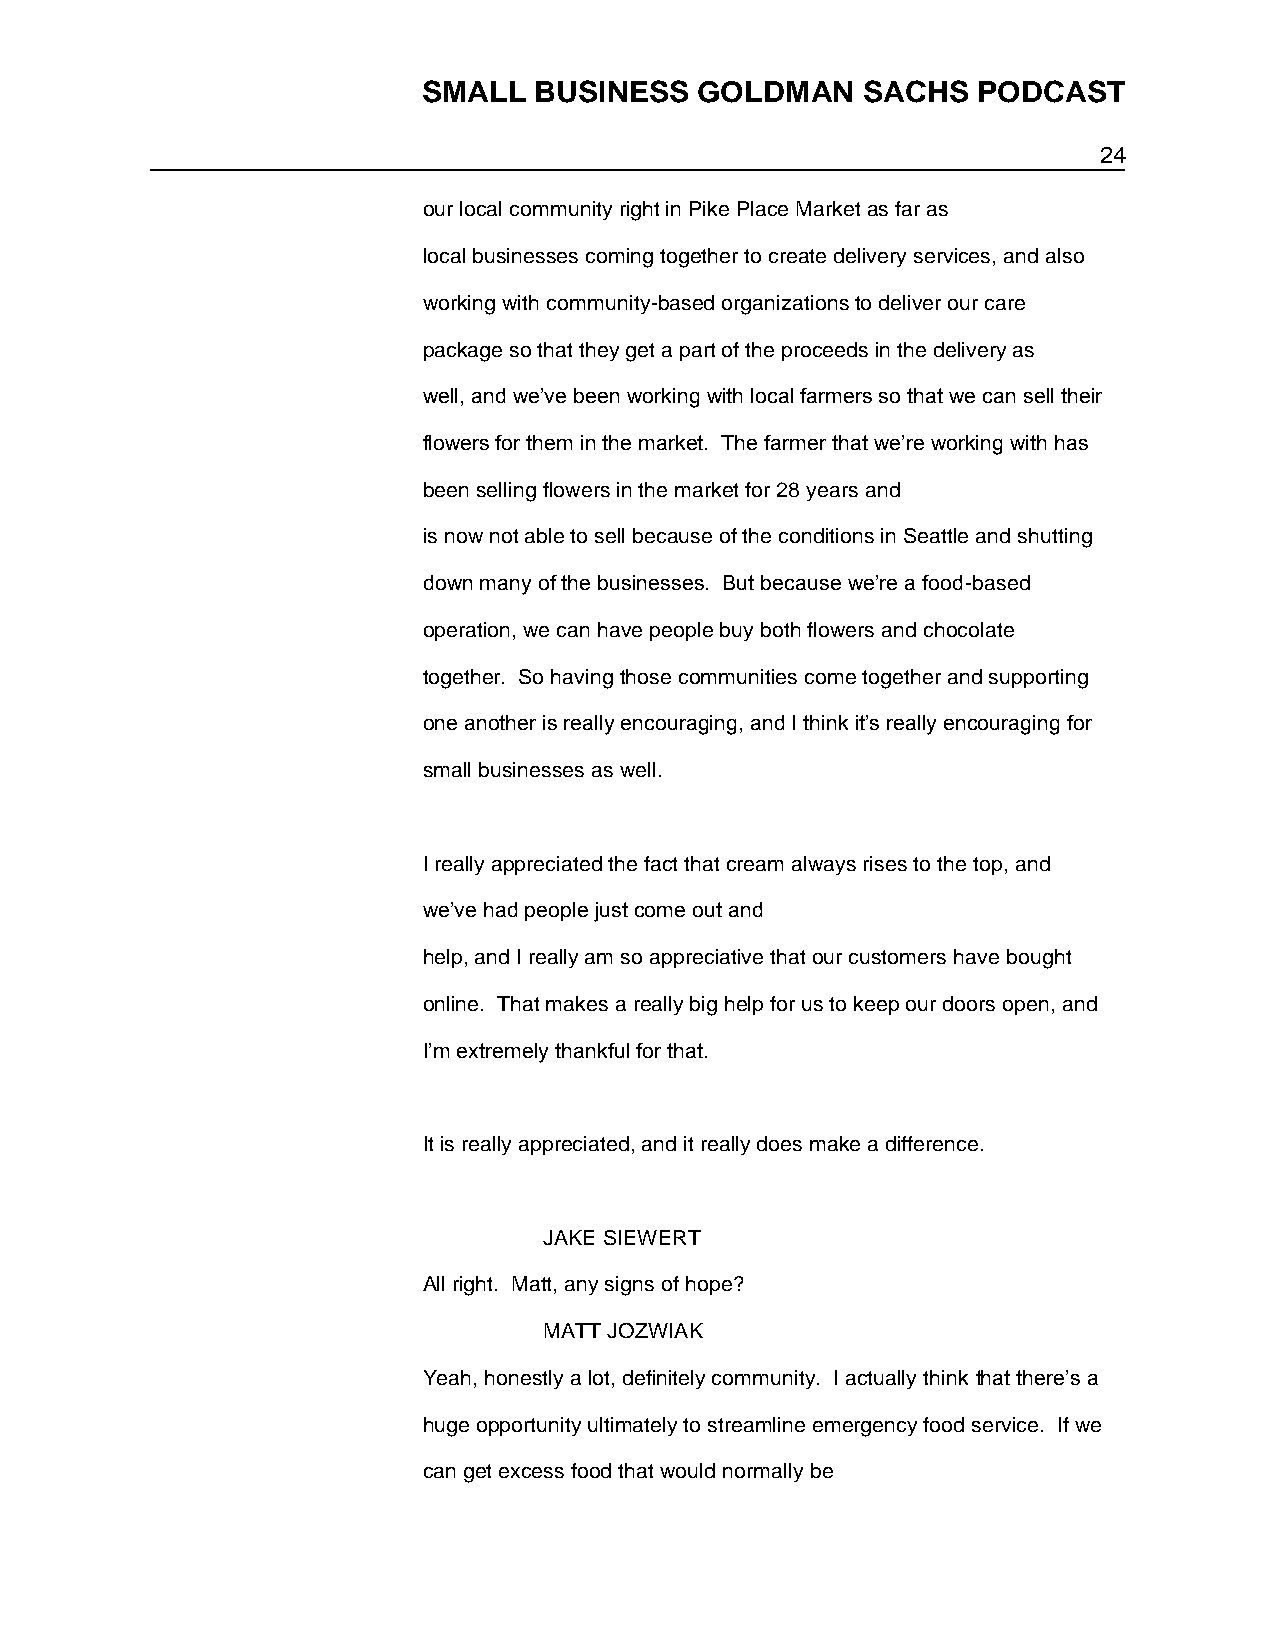
SMALL  BUSINESS   GOLDMAN    SACHS   PODCAST
 24
 our local community right in Pike Place Market as far as
 local businesses coming together to create delivery services, and also
 working with community-based organizations to deliver our care
 package so that they get a part of the proceeds in the delivery as
 well, and we’ve been working with local farmers so that we can sell their
 flowers for them in the market. The farmer that we’re working with has
 been selling flowers in the market for 28 years and
 is now not able to sell because of the conditions in Seattle and shutting
 down many of the businesses. But because we’re a food-based
 operation, we can have people buy both flowers and chocolate
 together. So having those communities come together and supporting
 one another is really encouraging, and I think it’s really encouraging for
 small businesses as well.
 I really appreciated the fact that cream always rises to the top, and
 we’ve had people just come out and
 help, and I really am so appreciative that our customers have bought
 online. That makes a really big help for us to keep our doors open, and
 I’m extremely thankful for that.
 It is really appreciated, and it really does make a difference.
 JAKE SIEWERT
 All right. Matt, any signs of hope?
 MATT JOZWIAK
 Yeah, honestly a lot, definitely community. I actually think that there’s a
 huge opportunity ultimately to streamline emergency food service. If we
 can get excess food that would normally be